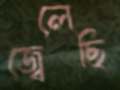
জ্বেলেছি